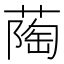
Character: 𬞌